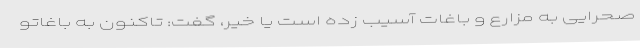
صحرایی به مزارع و باغات آسیب زده است یا خیر، گفت: تاکنون به باغاتو